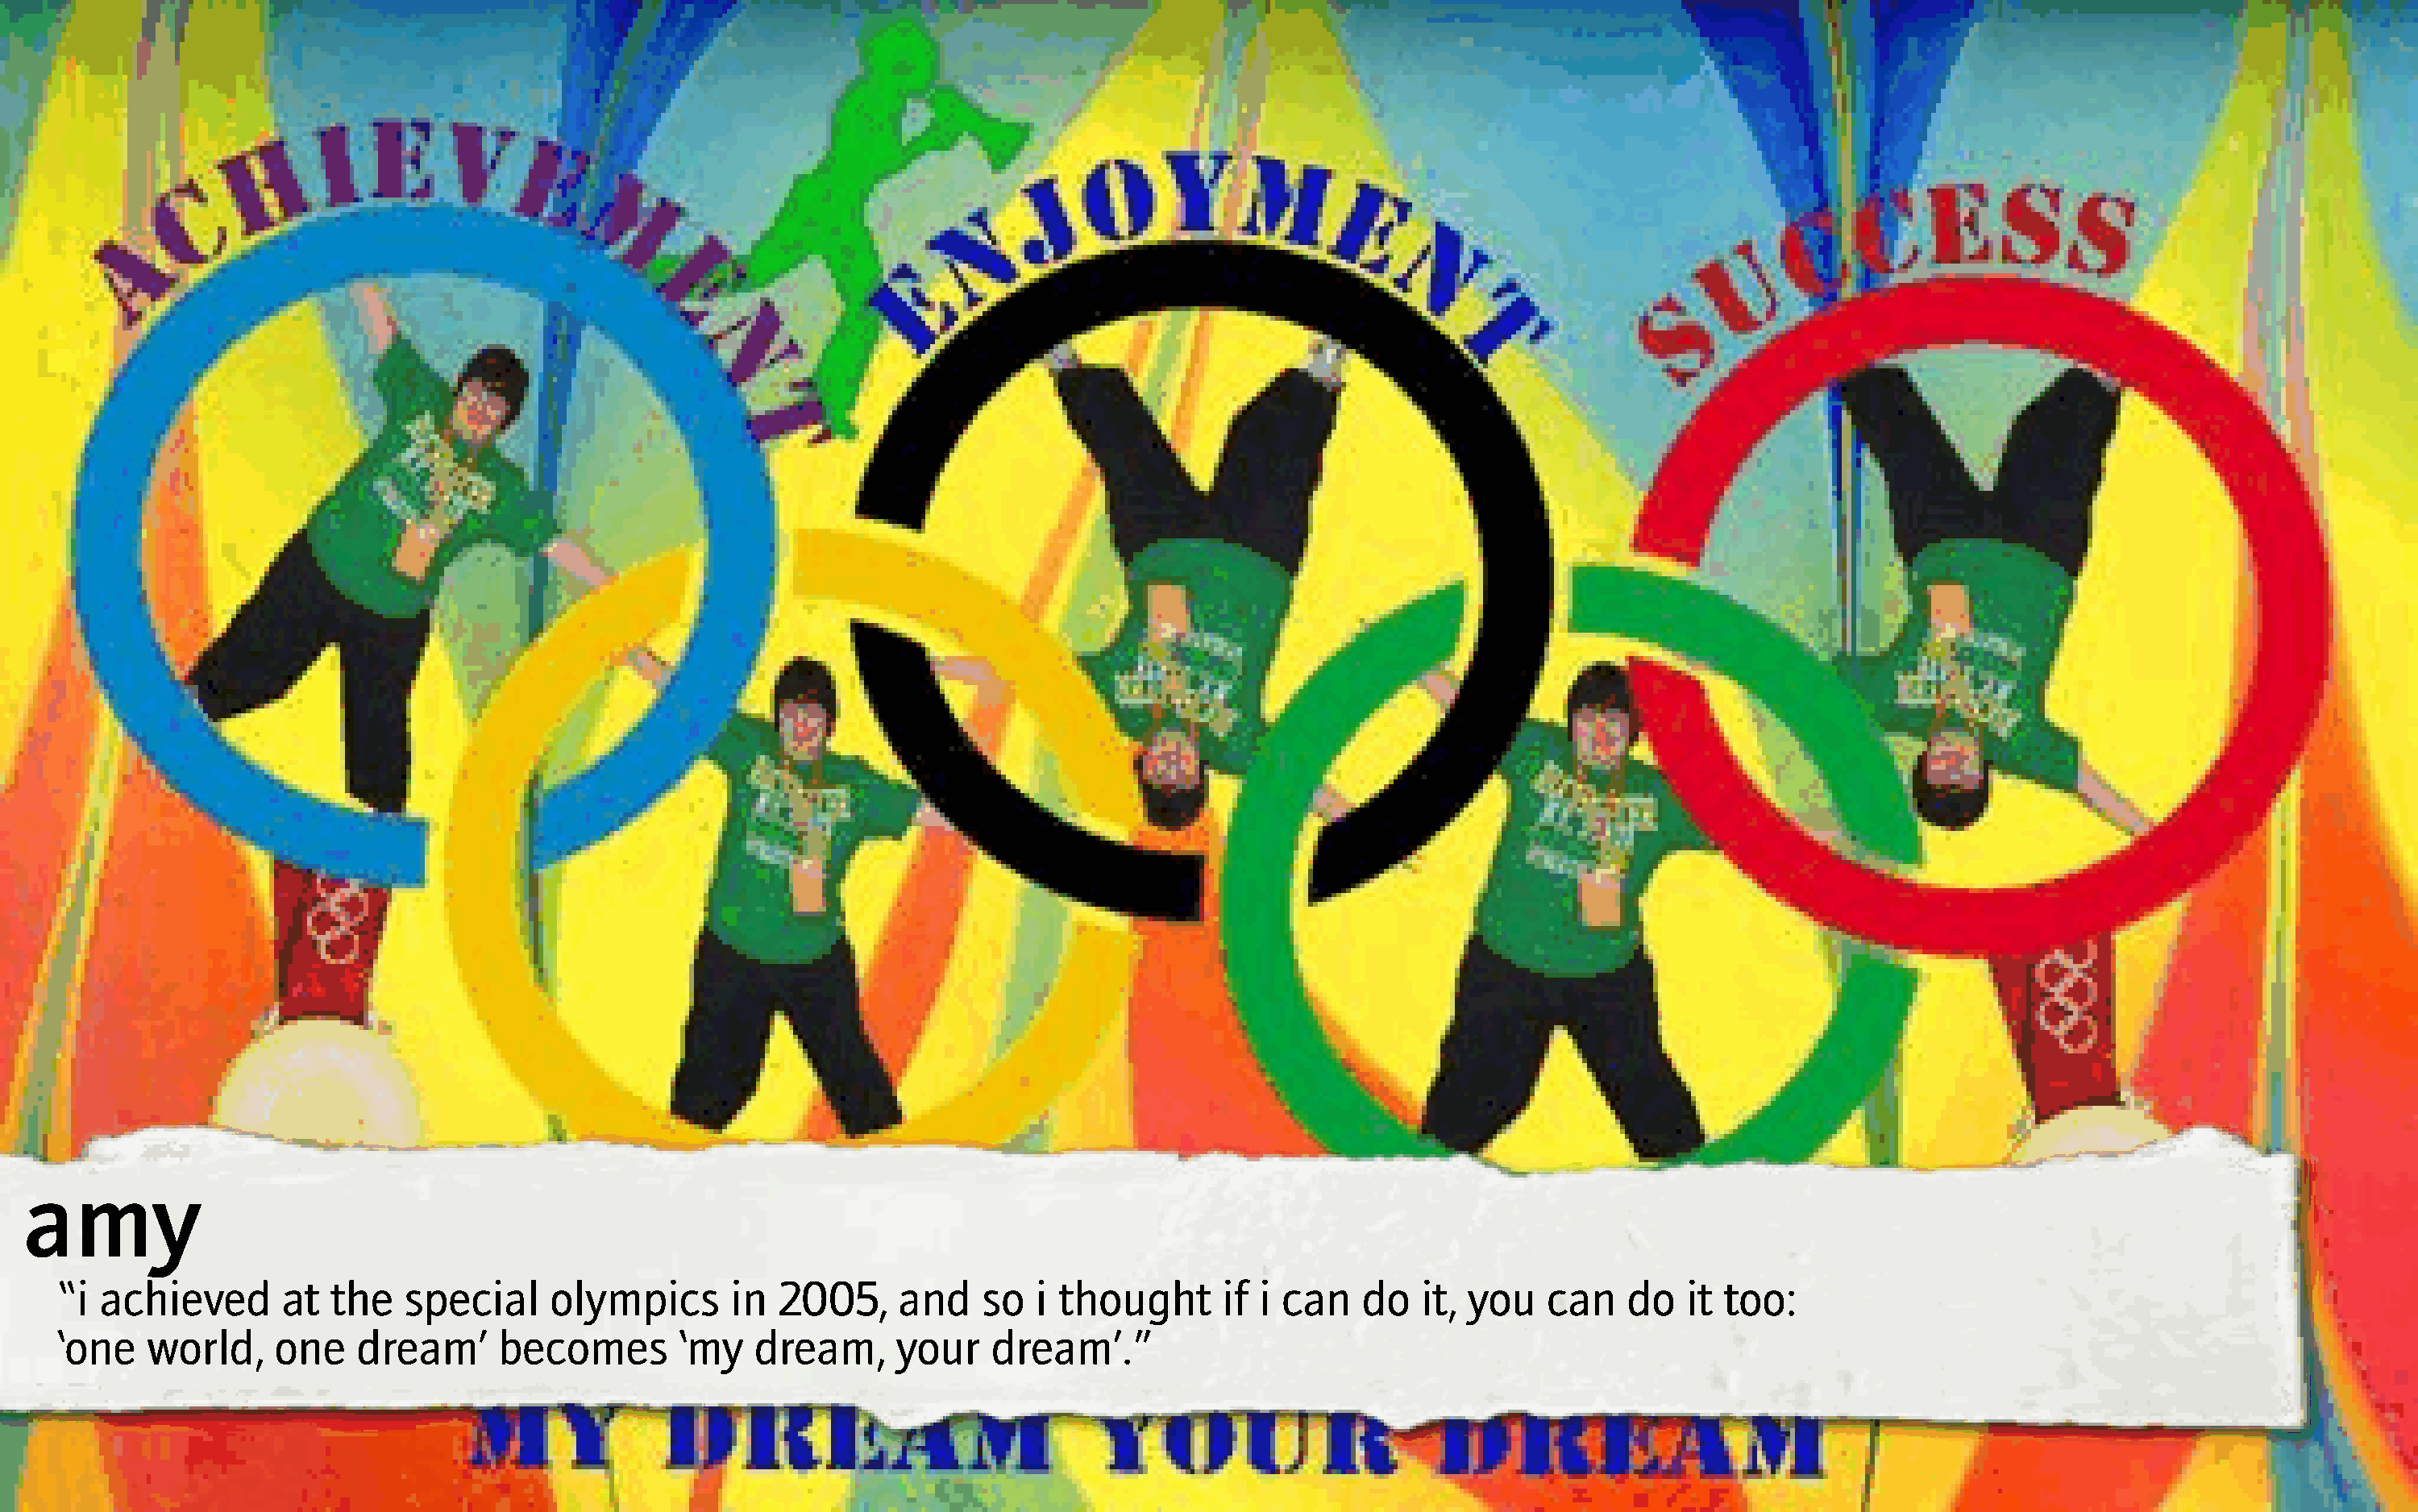
amy
 “i achieved       at  the   special     olympics       in  2005,     and    so  i thought      if i can    do   it, you   can    do   it too:
 ‘one   world,     one   dream’      becomes        ‘my   dream,      your   dream’.”